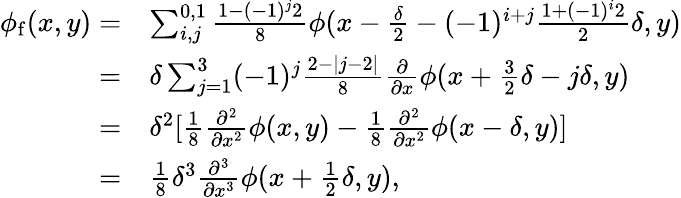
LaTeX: \begin{array}{rl}{\phi_{\mathrm{f}}(x,y)=}&{\sum_{i,j}^{0,1}\frac{1-(-1)^{j}2}{8}\phi(x-\frac{\delta}{2}-(-1)^{i+j}\frac{1+(-1)^{i}2}{2}\delta,y)}\\ {=}&{\delta\sum_{j=1}^{3}(-1)^{j}\frac{2-|j-2|}{8}\frac{\partial}{\partial x}\phi(x+\frac{3}{2}\delta-j\delta,y)}\\ {=}&{\delta^{2}[\frac{1}{8}\frac{\partial^{2}}{\partial x^{2}}\phi(x,y)-\frac{1}{8}\frac{\partial^{2}}{\partial x^{2}}\phi(x-\delta,y)]}\\ {=}&{\frac{1}{8}\delta^{3}\frac{\partial^{3}}{\partial x^{3}}\phi(x+\frac{1}{2}\delta,y),}\end{array}